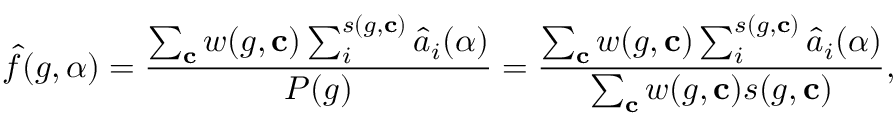
\hat { f } ( g , \alpha ) = \frac { \sum _ { \mathbf { c } } w ( g , \mathbf { c } ) \sum _ { i } ^ { s ( g , \mathbf { c } ) } \hat { a } _ { i } ( \alpha ) } { P ( g ) } = \frac { \sum _ { \mathbf { c } } w ( g , \mathbf { c } ) \sum _ { i } ^ { s ( g , \mathbf { c } ) } \hat { a } _ { i } ( \alpha ) } { \sum _ { \mathbf { c } } w ( g , \mathbf { c } ) s ( g , \mathbf { c } ) } ,